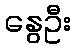
နွေဦး